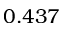
0 . 4 3 7